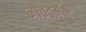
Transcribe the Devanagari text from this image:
जातवर्मन्‌